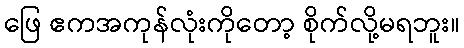
ဖြေ ဧကအကုန်လုံးကိုတော့ စိုက်လို့မရဘူး။